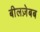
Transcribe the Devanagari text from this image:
बीलज़ेबब